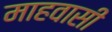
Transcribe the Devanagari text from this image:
माहवासी